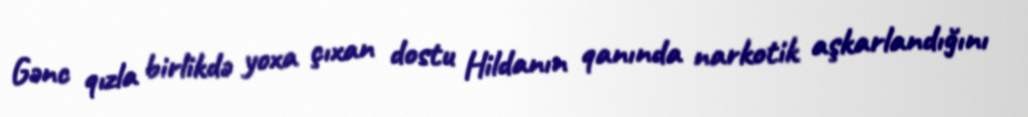
Gənc qızla birlikdə yoxa çıxan dostu Hildanın qanında narkotik aşkarlandığını